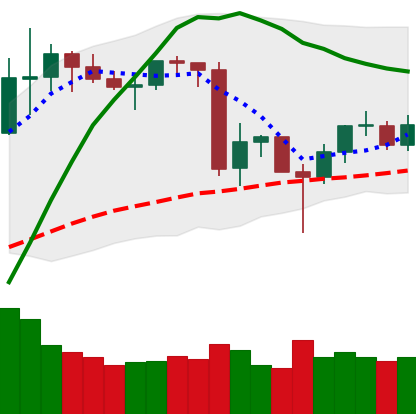
Ticker: LINK-USD
Chart end date: 2020-06-20
Forward return: 15.427%
Label: up_7plus